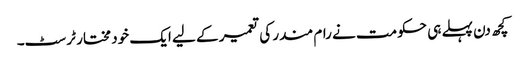
کچھ دن پہلے ہی حکومت نے رام مندر کی تعمیر کے لیے ایک خود مختار ٹرسٹ۔